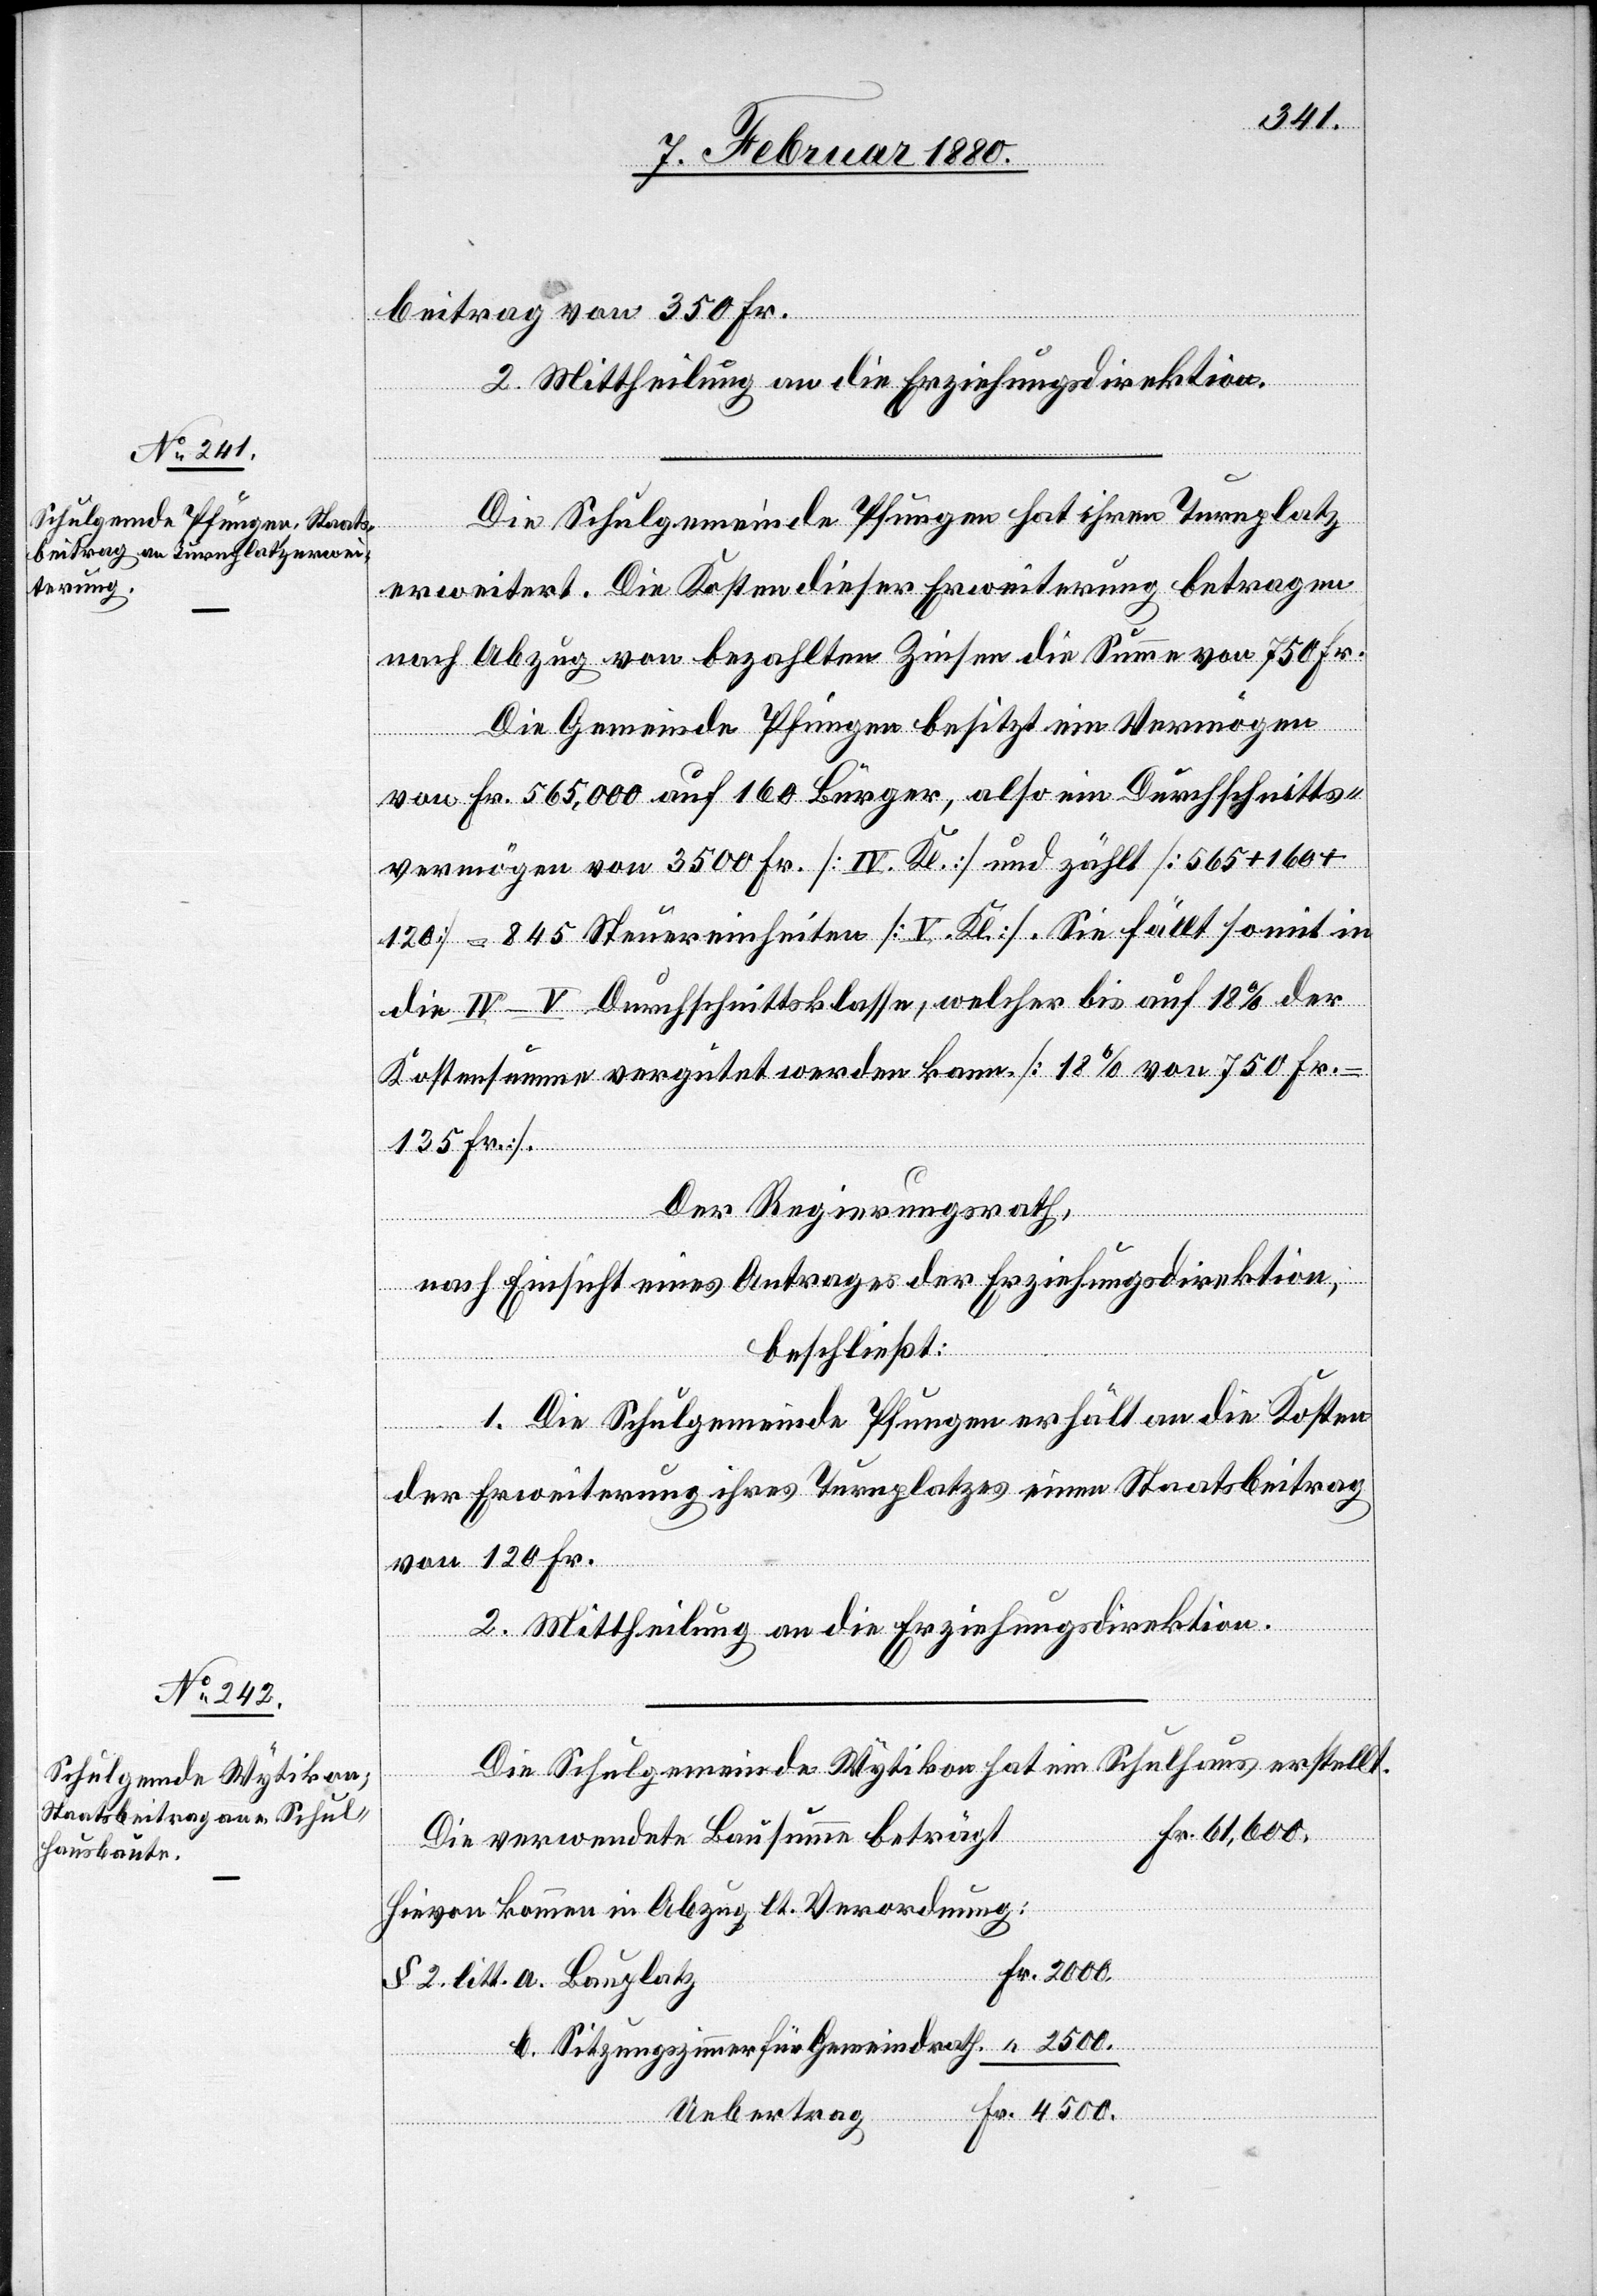
2500.
beitrag von 350 Fr.
2. Mittheilung an die Erziehungsdirektion.
Die Schulgemeinde Pfungen hat ihren Turnplatz
erweitert. Die Kosten dieser Erweiterung betragen
nach Abzug von bezahlten Zinsen die Summe von 750 Fr.
Die Gemeinde Pfungen besitzt ein Vermögen
von Fr. 565,000 auf 160 Bürger, also ein Durchschnitts¬
vermögen von 3500 Fr. [IV. Kl.] und zählt [565 + 160 +
120] = 845 Steuereinheiten [V. Kl.]. Sie fällt somit in
die IV–V Durchschnittsklasse, welcher bis auf 18% der
Kostensumme vergütet werden kann. [18% von 750 Fr.
135 Fr.]
Der Regierungsrath,
nach Einsicht eines Antrages der Erziehungsdirektion,
beschließt:
1. Die Schulgemeinde Pfungen erhält an die Kosten
der Erweiterung ihres Turnplatzes einen Staatsbeitrag
von 120 Fr.
2. Mittheilung an die Erziehungsdirektion.
Die Schulgemeinde Wytikon hat ein Schulhaus erstellt.
Fr.
Die verwendete Bausumme beträgt
Hievon kommen in Abzug lt. Verordnung:
b. Sitzungszimmer für Gemeindrath
Uebertrag